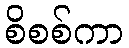
စိစစ်ကာ